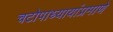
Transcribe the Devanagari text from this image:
चटोपाध्यायांप्रमाणे